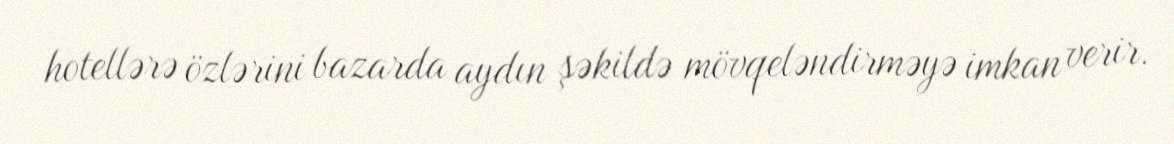
hotellərə özlərini bazarda aydın şəkildə mövqeləndirməyə imkan verir.